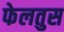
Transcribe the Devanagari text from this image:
फेलतुस